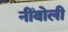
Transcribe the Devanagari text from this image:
नींबोली